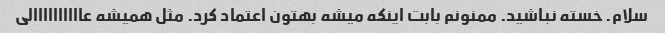
سلام. خسته نباشید. ممنونم بابت اینکه میشه بهتون اعتماد کرد. مثل همیشه عاااااااااالی